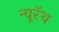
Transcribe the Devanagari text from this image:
न्यूरॅथ